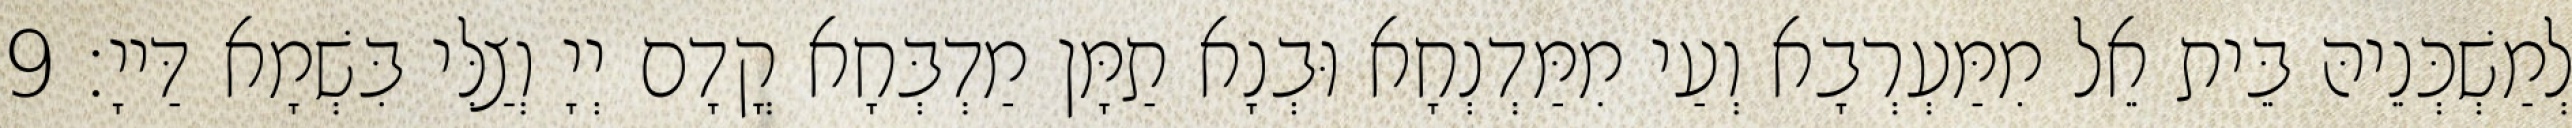
לְמַשְׁכְּנֵיהּ בֵּית אֵל מִמַּעְרְבָא וְעַי מִמַּדְנְחָא וּבְנָא תַמָּן מַדְבְּחָא קֳדָם יְיָ וְצַלִּי בִּשְׁמָא דַּייָ׃ 9